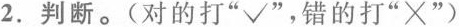
2.判断。(对的打a“√”，错的打“×”)